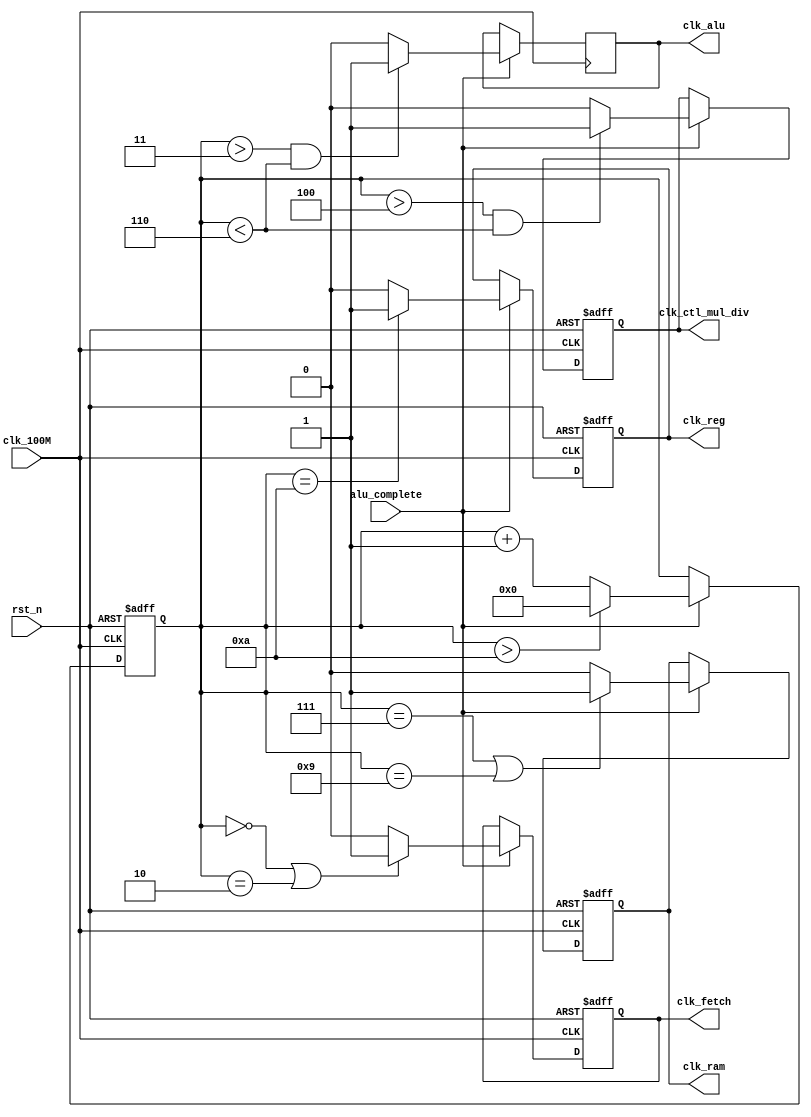
`timescale 1ns/1ns
module Clkdiv
    #(
        parameter     div0 = 0,
        parameter     div1 = 1,
        parameter     div2 = 2,
        parameter     div3 = 3,
        parameter     div6 = 6,
        parameter     div7 = 7,
        parameter     div8 = 8,
        parameter     div9 = 9,
        parameter     div10 = 10
    )
   (
        input         clk_100M,
        input         rst_n,
        input         alu_complete,
        output reg    clk_alu,
        output reg    clk_fetch,
        output reg    clk_ram,
        output reg    clk_reg,
        output reg    clk_ctl_mul_div //alu

    );  
        reg [10:0]    count;

        always @(posedge clk_100M or negedge rst_n) begin
            if (rst_n == 0) begin
                count <= 0;
            end
            else begin
                if(alu_complete == 0) begin
                    count <= count;
                end
                else if(count > div10)
                    count <= 0;
                else count <= count + 1;
            end
        end

        
        always @(posedge clk_100M or negedge rst_n) begin
            if (rst_n == 0) begin
                clk_fetch <= 0;
            end
            else begin
                if(alu_complete == 0) begin
                    clk_fetch <= clk_fetch;
                end
                else begin
                    if ((count == div0)||(count == div2)) begin
                        clk_fetch <= 1;
                    end 
                    else begin
                        clk_fetch <= 0;
                    end
                end
            end
        end
        

        always @(posedge clk_100M) begin
            if(alu_complete == 0) begin
                clk_alu <= clk_alu;
            end
            else begin
                if (count > div3 && count < div6) begin
                    clk_alu <= 1;
                end
                else begin
                    clk_alu <= 0;
                end
            end
        end


        always @(posedge clk_100M or negedge rst_n) begin
            if (rst_n == 0) begin
                clk_ctl_mul_div <= 0;
            end
            else begin
                if(alu_complete == 0) begin
                    clk_ctl_mul_div <= clk_ctl_mul_div;
                end
                else begin
                    if (count > (div3 + 1) && count < div6) begin
                        clk_ctl_mul_div <= 1;
                    end
                    else begin
                        clk_ctl_mul_div <= 0;
                    end
                end
            end
        end
        


        always @(posedge clk_100M or negedge rst_n) begin
            if (rst_n == 0) begin
                clk_ram <= 0;
            end
            else begin
                if(alu_complete == 0) begin
                    clk_ram <= clk_ram;
                end
                else begin
                    if ((count == div7)||(count == div9) ) begin
                        clk_ram <= 1;
                    end 
                    else begin
                        clk_ram <= 0;
                    end
                end
            end
        end

        

        always @(posedge clk_100M or negedge rst_n) begin
            if (rst_n == 0) begin
                clk_reg <= 0;
            end
            else begin
                if(alu_complete == 0) begin
                    clk_reg <= clk_reg;
                end
                else begin
                    if (count == div10) begin
                        clk_reg <= 1;
                    end 
                    else begin
                        clk_reg <= 0;
                    end
                end
            end
        end


        

     

    
endmodule